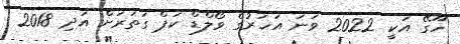
ހޫގޭ އަކީ 2022 ވަނަ އަހަރުގެ ވޯލްޑް ކަޕް ގަތަރަށް އަދި 2018